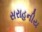
સરાહનીય